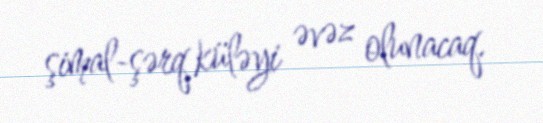
şimal-şərq küləyi əvəz olunacaq.